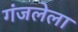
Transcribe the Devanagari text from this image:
गंजलेला